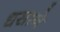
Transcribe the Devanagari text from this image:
धसाने